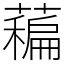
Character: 藊